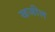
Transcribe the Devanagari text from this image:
खजील